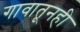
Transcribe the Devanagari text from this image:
गावातूनही